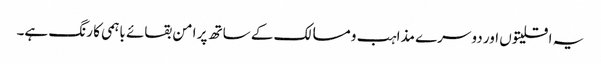
یہ اقلیتوں اور دوسرے مذاہب و مسالک کے ساتھ پر امن بقائے باہمی کا رنگ ہے۔